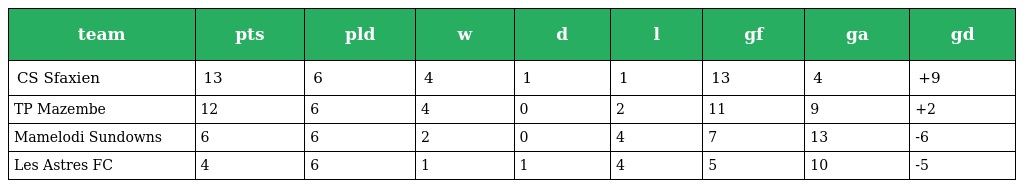
| team | pts | pld | w | d | l | gf | ga | gd |
 | --- | --- | --- | --- | --- | --- | --- | --- | --- |
 | CS Sfaxien | 13 | 6 | 4 | 1 | 1 | 13 | 4 | +9 |
 | TP Mazembe | 12 | 6 | 4 | 0 | 2 | 11 | 9 | +2 |
 | Mamelodi Sundowns | 6 | 6 | 2 | 0 | 4 | 7 | 13 | -6 |
 | Les Astres FC | 4 | 6 | 1 | 1 | 4 | 5 | 10 | -5 |